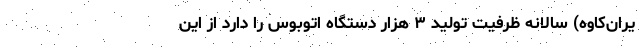
یران‌کاوه) سالانه ظرفیت تولید ۳ هزار دستگاه اتوبوس را دارد از این